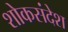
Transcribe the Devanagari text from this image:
शोकसंदेश